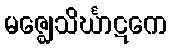
မဇ္ဈေသိင်္ဃာဋကေ